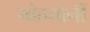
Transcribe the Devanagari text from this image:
मोठयांनीं